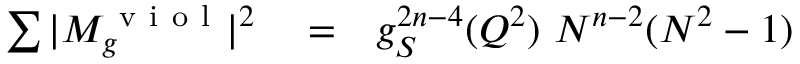
\begin{array} { r l r } { \sum \vert M _ { g } ^ { \mathrm { ~ v ~ i ~ o ~ l ~ } } \vert ^ { 2 } } & { { } = } & { g _ { S } ^ { 2 n - 4 } ( Q ^ { 2 } ) ~ N ^ { n - 2 } ( N ^ { 2 } - 1 ) } \end{array}